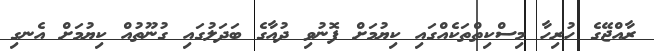
ރާއްޖޭގެ ހުރިހާ މިސްކިތްތަކެއްގައި ކިޔުމަށް ފޮނުވި ދުއާގެ ބަދަލުގައި ގުނޫތުއް ކިޔުމަށް އެނގި